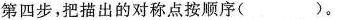
第四步，把描出的对称点按顺序()。